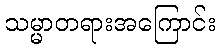
သမ္မာတရားအကြောင်း